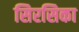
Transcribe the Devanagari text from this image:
सिरसिका